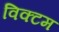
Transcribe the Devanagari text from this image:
विक्टम